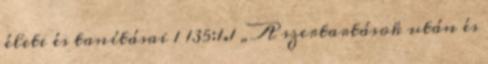
élete és tanításai 1 135:1.1 „A szertartások után és